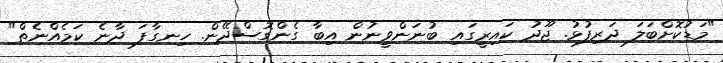
"މަޑުކޮށްބަލަ ދަރިފުޅު. ޖޫދު ކައިރީގައި ބުނަންވީނުން އިބާ ގެންގޮސްދޭން. ހިނގާފަ ދާނެ ކަމެއްނެތް"